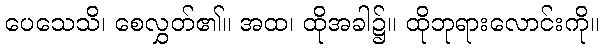
ပေသေသိ၊ စေလွှတ်၏။ အထ၊ ထိုအခါ၌။ ထိုဘုရားလောင်းကို။